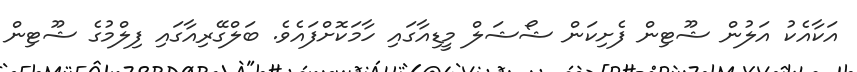
އަކާއެކު އަލުން ޝޫޓިން ފެށިކަން ޝޯޝަލް މީޑިއާގައި ހާމަކޮށްފައެވެ. ބަލްގޭރިއާގައި ފިލްމުގެ ޝޫޓިން